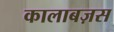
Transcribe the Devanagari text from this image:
कालाबज़स